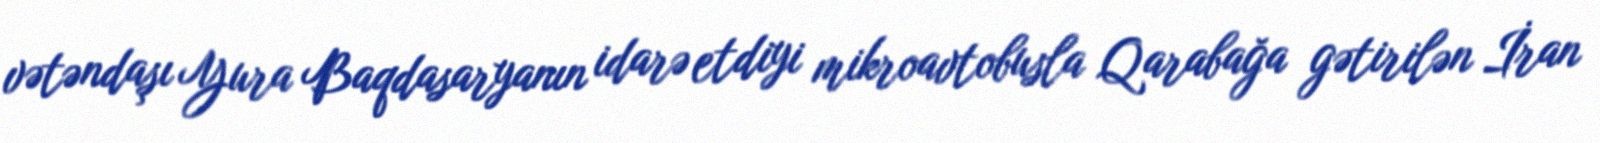
vətəndaşı Yura Baqdasaryanın idarə etdiyi mikroavtobusla Qarabağa gətirilən İran